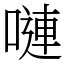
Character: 嗹